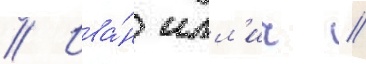
// Ива́н илл'ич //